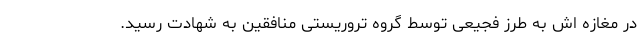
در مغازه اش به طرز فجیعی توسط گروه تروریستی منافقین به شهادت رسید.